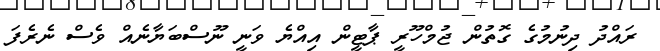
ރައްދު ދިނުމުގެ ގޮތުން ޖުމްހޫރީ ޕާޓީން އިއްޔެ ވަނީ ނޫސްބަޔާނެއް ވެސް ނެރެފަ